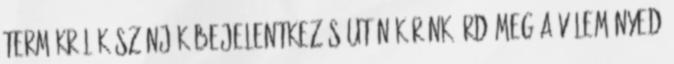
termékről Köszönjük Bejelentkezés után kérünk írd meg a véleményed